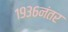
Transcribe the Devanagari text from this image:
१९३६नंतर